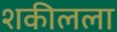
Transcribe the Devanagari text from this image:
शकीलला